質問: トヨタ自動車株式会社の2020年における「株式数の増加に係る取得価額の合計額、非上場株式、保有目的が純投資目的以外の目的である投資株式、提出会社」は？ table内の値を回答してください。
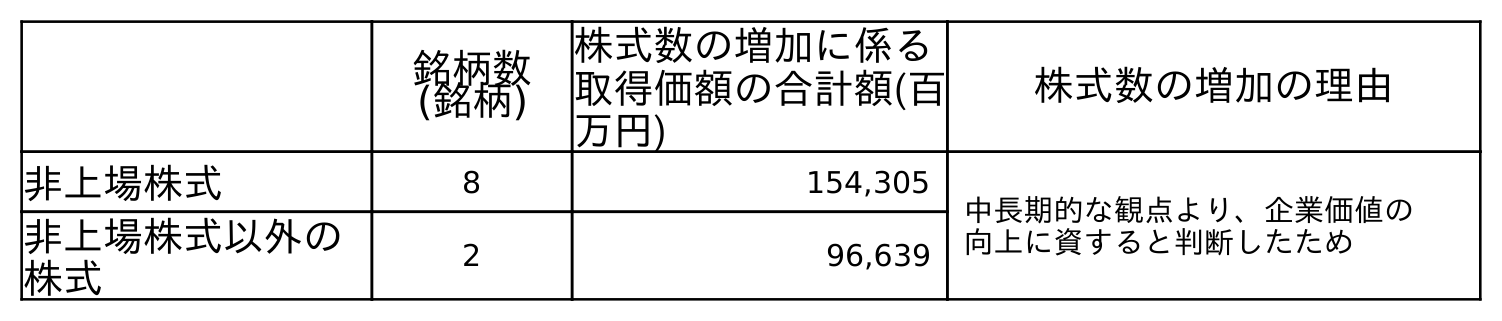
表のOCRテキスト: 銘柄数 (銘柄) 株式数の増加に係る 取得価額の合計額(百 万円) 株式数の増加の理由 非上場株式 8 154,305 中長期的な観点より、企業価値の 向上に資すると判断したため 非上場株式以外の 株式 2 96,639
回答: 154,305